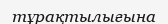
тұрақтылығына